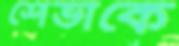
শেভাকে